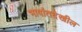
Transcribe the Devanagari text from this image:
भाषांतदेखील